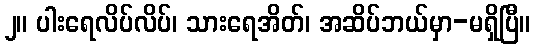
၂။ ပါးရေလိပ်လိပ်၊ သားရေအိတ်၊ အဆိပ်ဘယ်မှာ-မရှိပြီ။